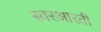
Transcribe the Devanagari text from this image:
स्वरआरती